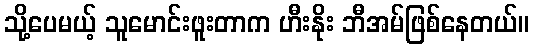
သို့ပေမယ့် သူမောင်းဖူးတာက ဟီးနိုး ဘီအမ်ဖြစ်နေတယ်။